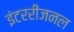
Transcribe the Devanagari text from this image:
इंटररीजनल